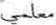
معلمي